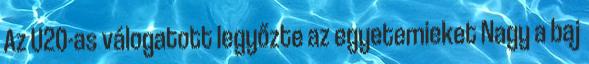
Az U20-as válogatott legyőzte az egyetemieket Nagy a baj